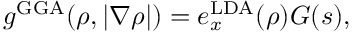
g ^ { \mathrm { G G A } } ( \rho , | \nabla \rho | ) = e _ { x } ^ { \mathrm { L D A } } ( \rho ) G ( s ) ,